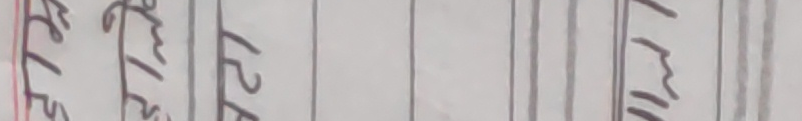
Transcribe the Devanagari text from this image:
रुले १२ मिनेट